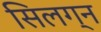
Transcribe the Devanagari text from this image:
सिलग्न